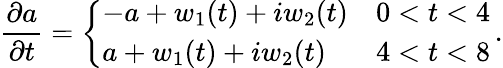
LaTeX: \frac{\partial a}{\partial t}=\left\{ \begin{array}{ll}{-a+w_{1}(t)+iw_{2}(t)}&{0<t<4}\\ {a+w_{1}(t)+iw_{2}(t)}&{4<t<8}\end{array}\right.\, .